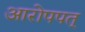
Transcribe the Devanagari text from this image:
आरोपपत्